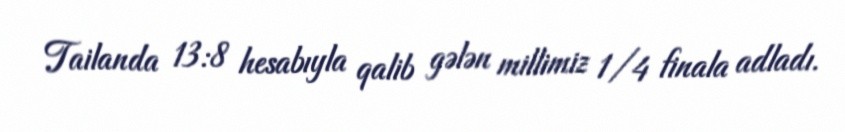
Tailanda 13:8 hesabıyla qalib gələn millimiz 1/4 finala adladı.